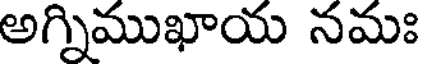
అగ్నిముఖాయ నమః